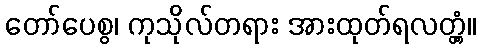
တော်ပေစွ၊ ကုသိုလ်တရား အားထုတ်ရလတ္တံ့။